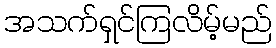
အသက်ရှင်ကြလိမ့်မည်